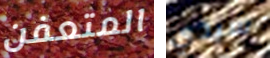
المتعفن سيدي